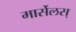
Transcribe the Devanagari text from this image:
मार्सेलस्